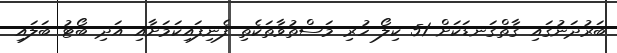
ބަރުދަނުގައި ގާތްގަނޑަކަށް 51 ކިލޯ ހުރި މަސްތުވާތަކެތި ފެނިފައިކަމަށާއި އަދި ބޯޓު ބަލައި